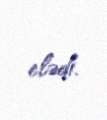
elədi.